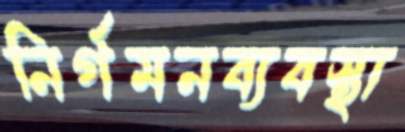
নির্গমনব্যবস্থা